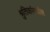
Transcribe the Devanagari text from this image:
श्रुतिकांमधील